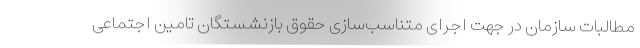
مطالبات سازمان در جهت اجرای متناسب‌سازی حقوق بازنشستگان تامین اجتماعی